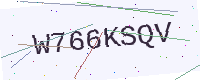
Text: W766KSQV